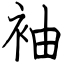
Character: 袖